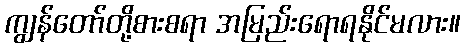
ကျွန်တော်တို့စားစရာ အမြည်းရောရနိုင်မလား။